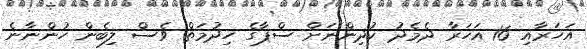
އަހަރާއި 16 އަހަރާ ދެމެދު ކުދިންނަށް ސްޕާގެ ހިދުމަތް ވެސް ލިބެން ހުންނާނެ